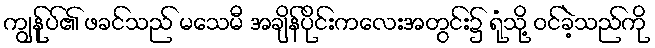
ကျွန်ုပ်၏ ဖခင်သည် မသေမီ အချိန်ပိုင်းကလေးအတွင်း၌ ရုံသို့ ဝင်ခဲ့သည်ကို